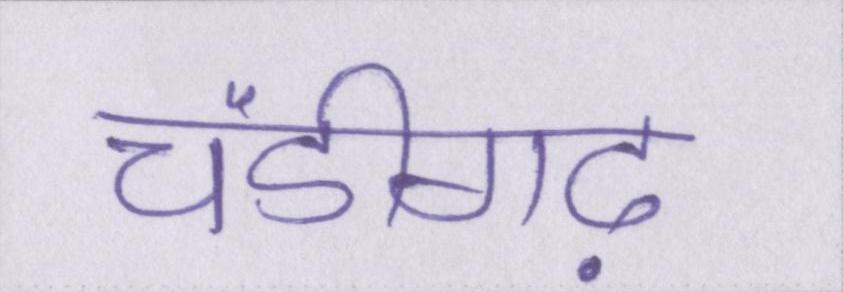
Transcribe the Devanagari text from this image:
चंडीगढ़